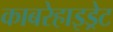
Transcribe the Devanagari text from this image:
काबरेहाइड्रेट